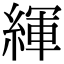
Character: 緷